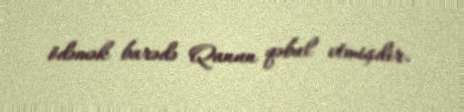
ödəmək barədə Qanun qəbul etmişdir.